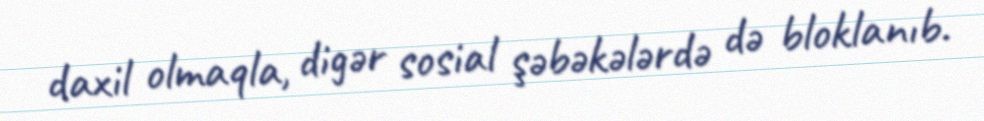
daxil olmaqla, digər sosial şəbəkələrdə də bloklanıb.